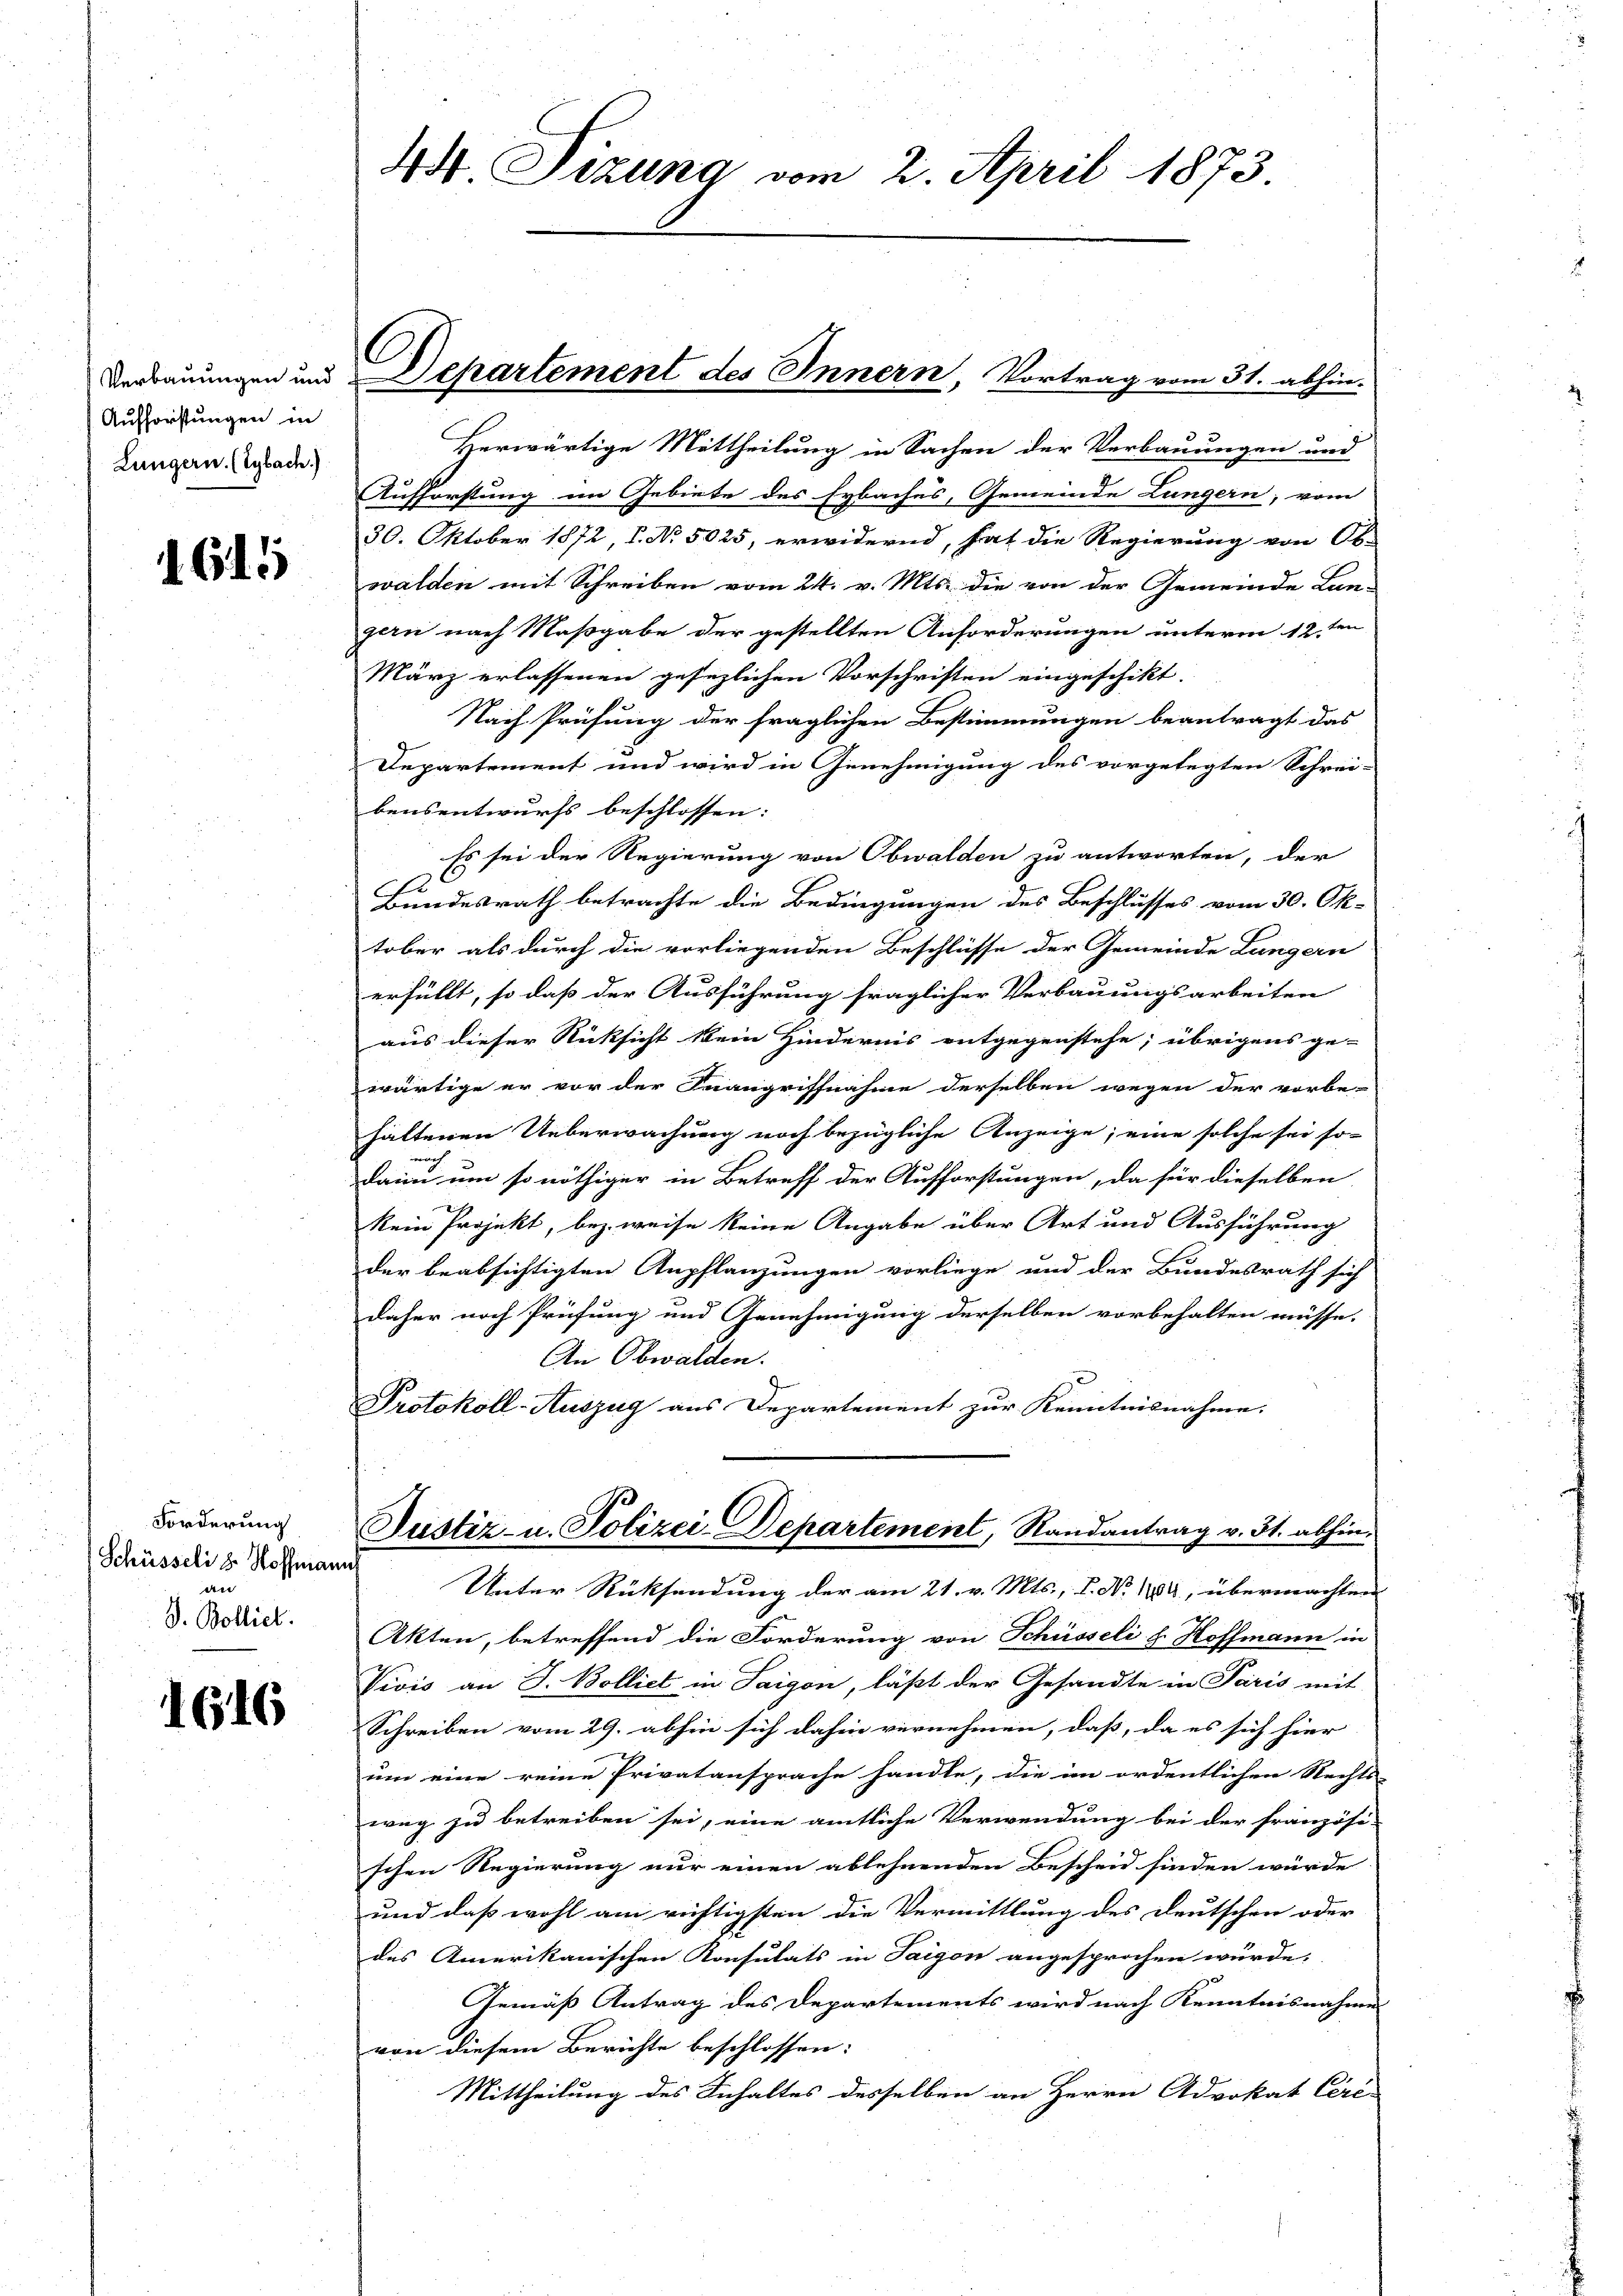
Aufforstungen in
Lungern. (Eybach.)

1615

Forderung
Schüsseli u. Hoffman
an
D. Bolliet.

1616

44. Sizung vom 2. April 1873.

Herwärtige Mittheilung in Sachen der Verbauungen und
Aufforstung im Gebiete des Eybaches, Gemeinde Lungern, vom
30. Oktober 1872, S. No. 5025, erwidernd, hat die Regierung von Ob-
walden mit Schreiben vom 24. v. Mts. die von der Gemeinde Lan-
gern nach Maßgabe der gestellten Anforderungen unterm 12.ten
März erlassenen gesezlichen Vorschriften eingeschikt.
Nach Prüfung der fraglichen Bestimmungen beantragt das
Departement und wird in Genehmigung des vorgelegten Schrei-
bensentwurfs beschlossen:
Es sei der Regierung von Obwalden zu antworten, der
Bundesrath betrachte die Bedingungen des Beschlusses vom 30. Ok-
tober als durch die vorliegenden Beschlüsse der Gemeinde Lungern
erfüllt, so daß der Ausführung fraglicher Verbauungsarbeiten
aus dieser Rücksicht kein Hindernis entgegenstehe; übrigens ge-
wärtige er vor der Inangriffnahme derselben wegen der vorbe-
haltenen Ueberwachung noch bezügliche Anzeige, eine solche sei so-
dann um so nöthiger in Betreff der Aufforstungen, da für dieselben
kein Projekt, bez. weise keine Angabe über Art und Ausführung
der beabsichtigten Anpflanzungen vorliege und der Bundesrath sich
daher noch Prüfung und Genehmigung derselben vorbehalten müsse.
An Obwalden.
Protokoll-Auszug aus Departement zur Kenntnisnahme.
Justiz- u. Polizei-Departement, Randantrag v. 31. abhineh
Unter Rücksendung der am 21. v. Mts., P. No 1404, übermachten
Akten, betreffend die Forderung von Schüsseli u. Hoffmann in
Vivis an J. Bolliet in Saigon, läßt der Gesandte in Paris mit
Schreiben vom 29. abhin sich dahin vernehmen, dass, da es sich hier |
um eine reine Privatansprache handle, die im ordentlichen Rechts-
weg zu betreiben sei, eine amtliche Verwendung bei der französi-
schen Regierung nur einen ablehnenden Bescheid finden würde
und daß wohl am richtigsten die Vermittlung des Deutschen oder
des Amerikanischen Konsulats in Saigon angesprochen wurde. |
Gemäß Antrag des Departements wird nach Kenntnisnahmen
von diesem Berichte beschlossen:
Mittheilung des Inhaltes desselben an Herrn Advokat Cere-

Verbauungen und Departement des Innern, Vortrag vom 31. abhin-